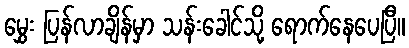
မွှေး ပြန်လာချိန်မှာ သန်းခေါင်သို့ ရောက်နေပေပြီ။